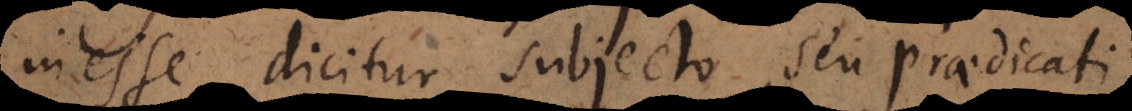
inesse dicitur subjecto, seu praedicati